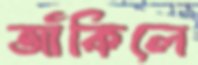
জাঁকিলে